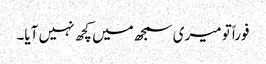
فوراً تو میری سمجھ میں کچھ نہیں آیا۔